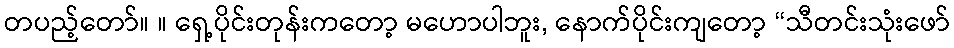
တပည့်တော်။ ။ ရှေ့ပိုင်းတုန်းကတော့ မဟောပါဘူး, နောက်ပိုင်းကျတော့ “သီတင်းသုံးဖော်